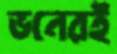
ভনেরই